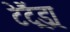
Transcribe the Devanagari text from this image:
टेट्रैंड्रा